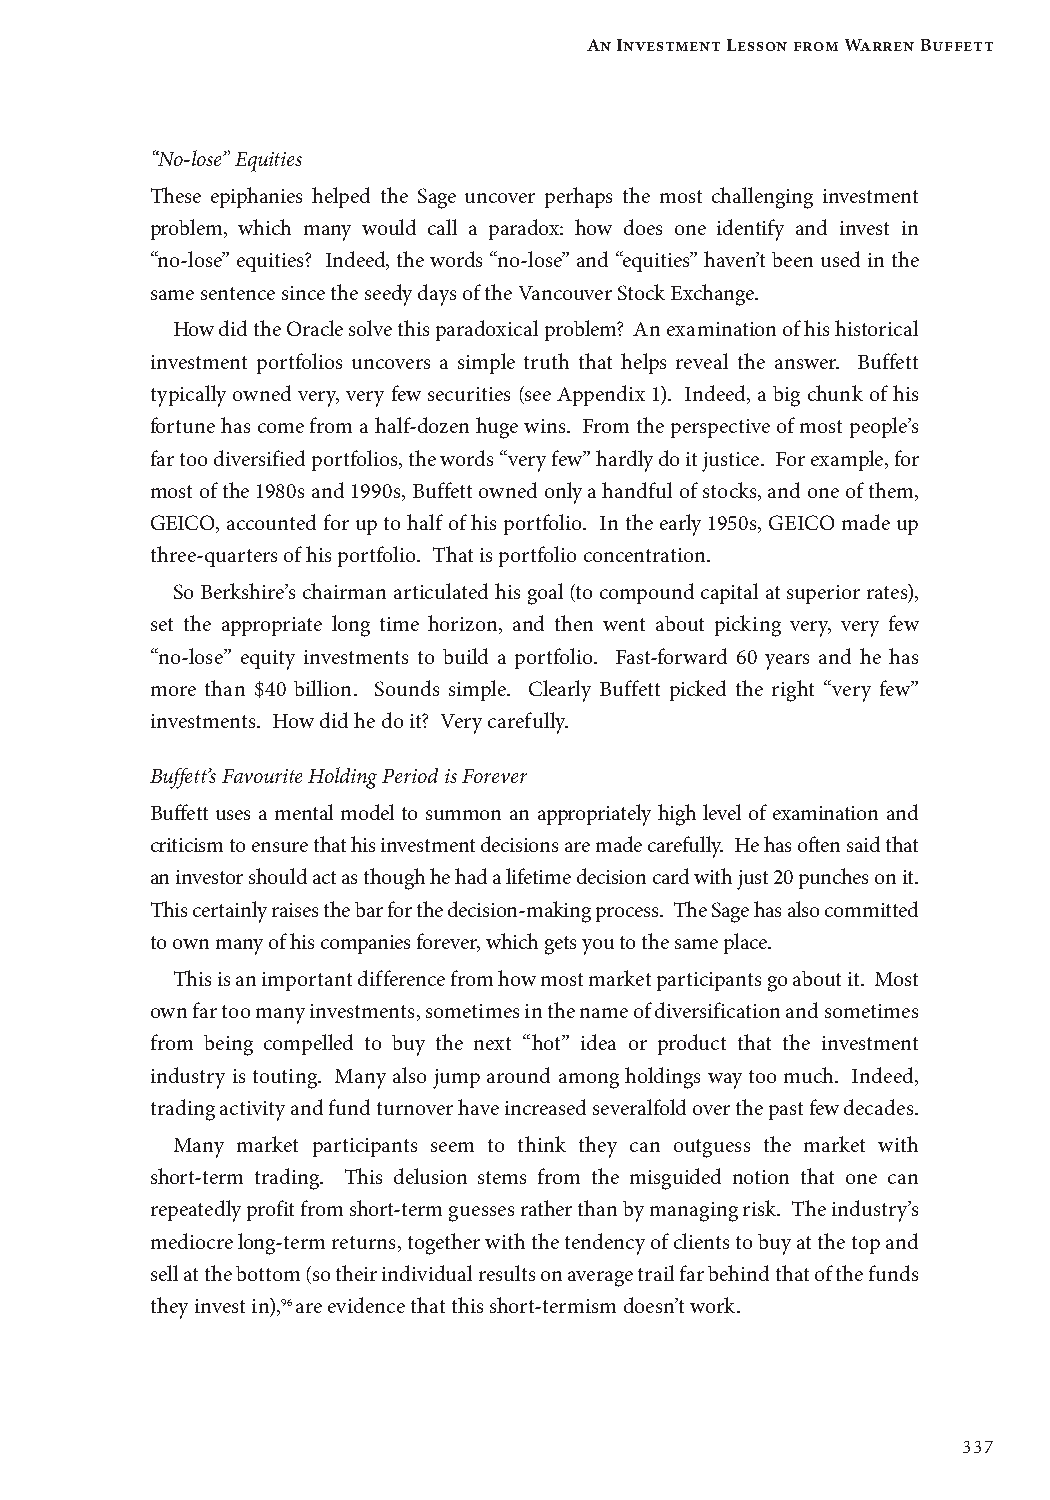
An Investment Lesson from Warren Buffett
 “No-lose” Equities
 These epiphanies helped the Sage uncover perhaps the most challenging investment
 problem, which many would call a paradox: how does one identify and invest in
 “no-lose” equities? Indeed, the words “no-lose” and “equities” haven’t been used in the
 same sentence since the seedy days of the Vancouver Stock Exchange.
 How did the Oracle solve this paradoxical problem? An examination of his historical
 investment portfolios uncovers a simple truth that helps reveal the answer. Buffett
 typically owned very, very few securities (see Appendix 1). Indeed, a big chunk of his
 fortune has come from a half-dozen huge wins. From the perspective of most people’s
 far too diversified portfolios, the words “very few” hardly do it justice. For example, for
 most of the 1980s and 1990s, Buffett owned only a handful of stocks, and one of them,
 GEICO, accounted for up to half of his portfolio. In the early 1950s, GEICO made up
 three-quarters of his portfolio. That is portfolio concentration.
 So Berkshire’s chairman articulated his goal (to compound capital at superior rates),
 set the appropriate long time horizon, and then went about picking very, very few
 “no-lose” equity investments to build a portfolio. Fast-forward 60 years and he has
 more than $40 billion. Sounds simple. Clearly Buffett picked the right “very few”
 investments. How did he do it? Very carefully.
 Buffett’s Favourite Holding Period is Forever
 Buffett uses a mental model to summon an appropriately high level of examination and
 criticism to ensure that his investment decisions are made carefully. He has often said that
 an investor should act as though he had a lifetime decision card with just 20 punches on it.
 This certainly raises the bar for the decision-making process. The Sage has also committed
 to own many of his companies forever, which gets you to the same place.
 This is an important difference from how most market participants go about it. Most
 own far too many investments, sometimes in the name of diversification and sometimes
 from being compelled to buy the next “hot” idea or product that the investment
 industry is touting. Many also jump around among holdings way too much. Indeed,
 trading activity and fund turnover have increased severalfold over the past few decades.
 Many market participants seem to think they can outguess the market with
 short-term trading. This delusion stems from the misguided notion that one can
 repeatedly profit from short-term guesses rather than by managing risk. The industry’s
 mediocre long-term returns, together with the tendency of clients to buy at the top and
 sell at the bottom (so their individual results on average trail far behind that of the funds
 they invest in),96 are evidence that this short-termism doesn’t work.
 337